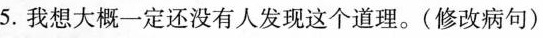
5.我想大概一定还没有人发现这个道理。(修改病句)